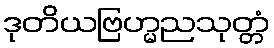
ဒုတိယဗြဟ္မညသုတ္တံ